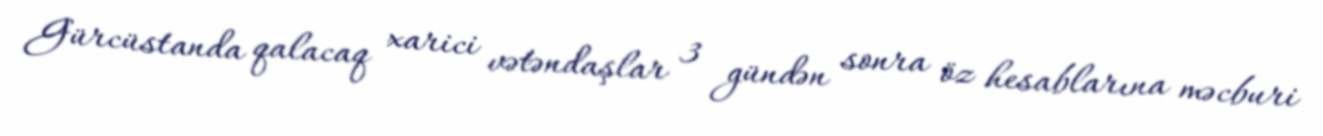
Gürcüstanda qalacaq xarici vətəndaşlar 3 gündən sonra öz hesablarına məcburi